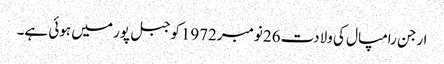
ارجن رامپال کی ولادت 26نومبر1972کوجبل پور میں ہوئی ہے۔